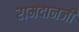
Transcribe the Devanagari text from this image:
रामदानजी